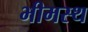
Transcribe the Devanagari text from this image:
भीमस्थ